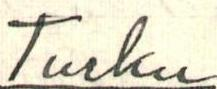
Turku